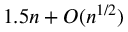
1 . 5 n + O ( n ^ { 1 / 2 } )